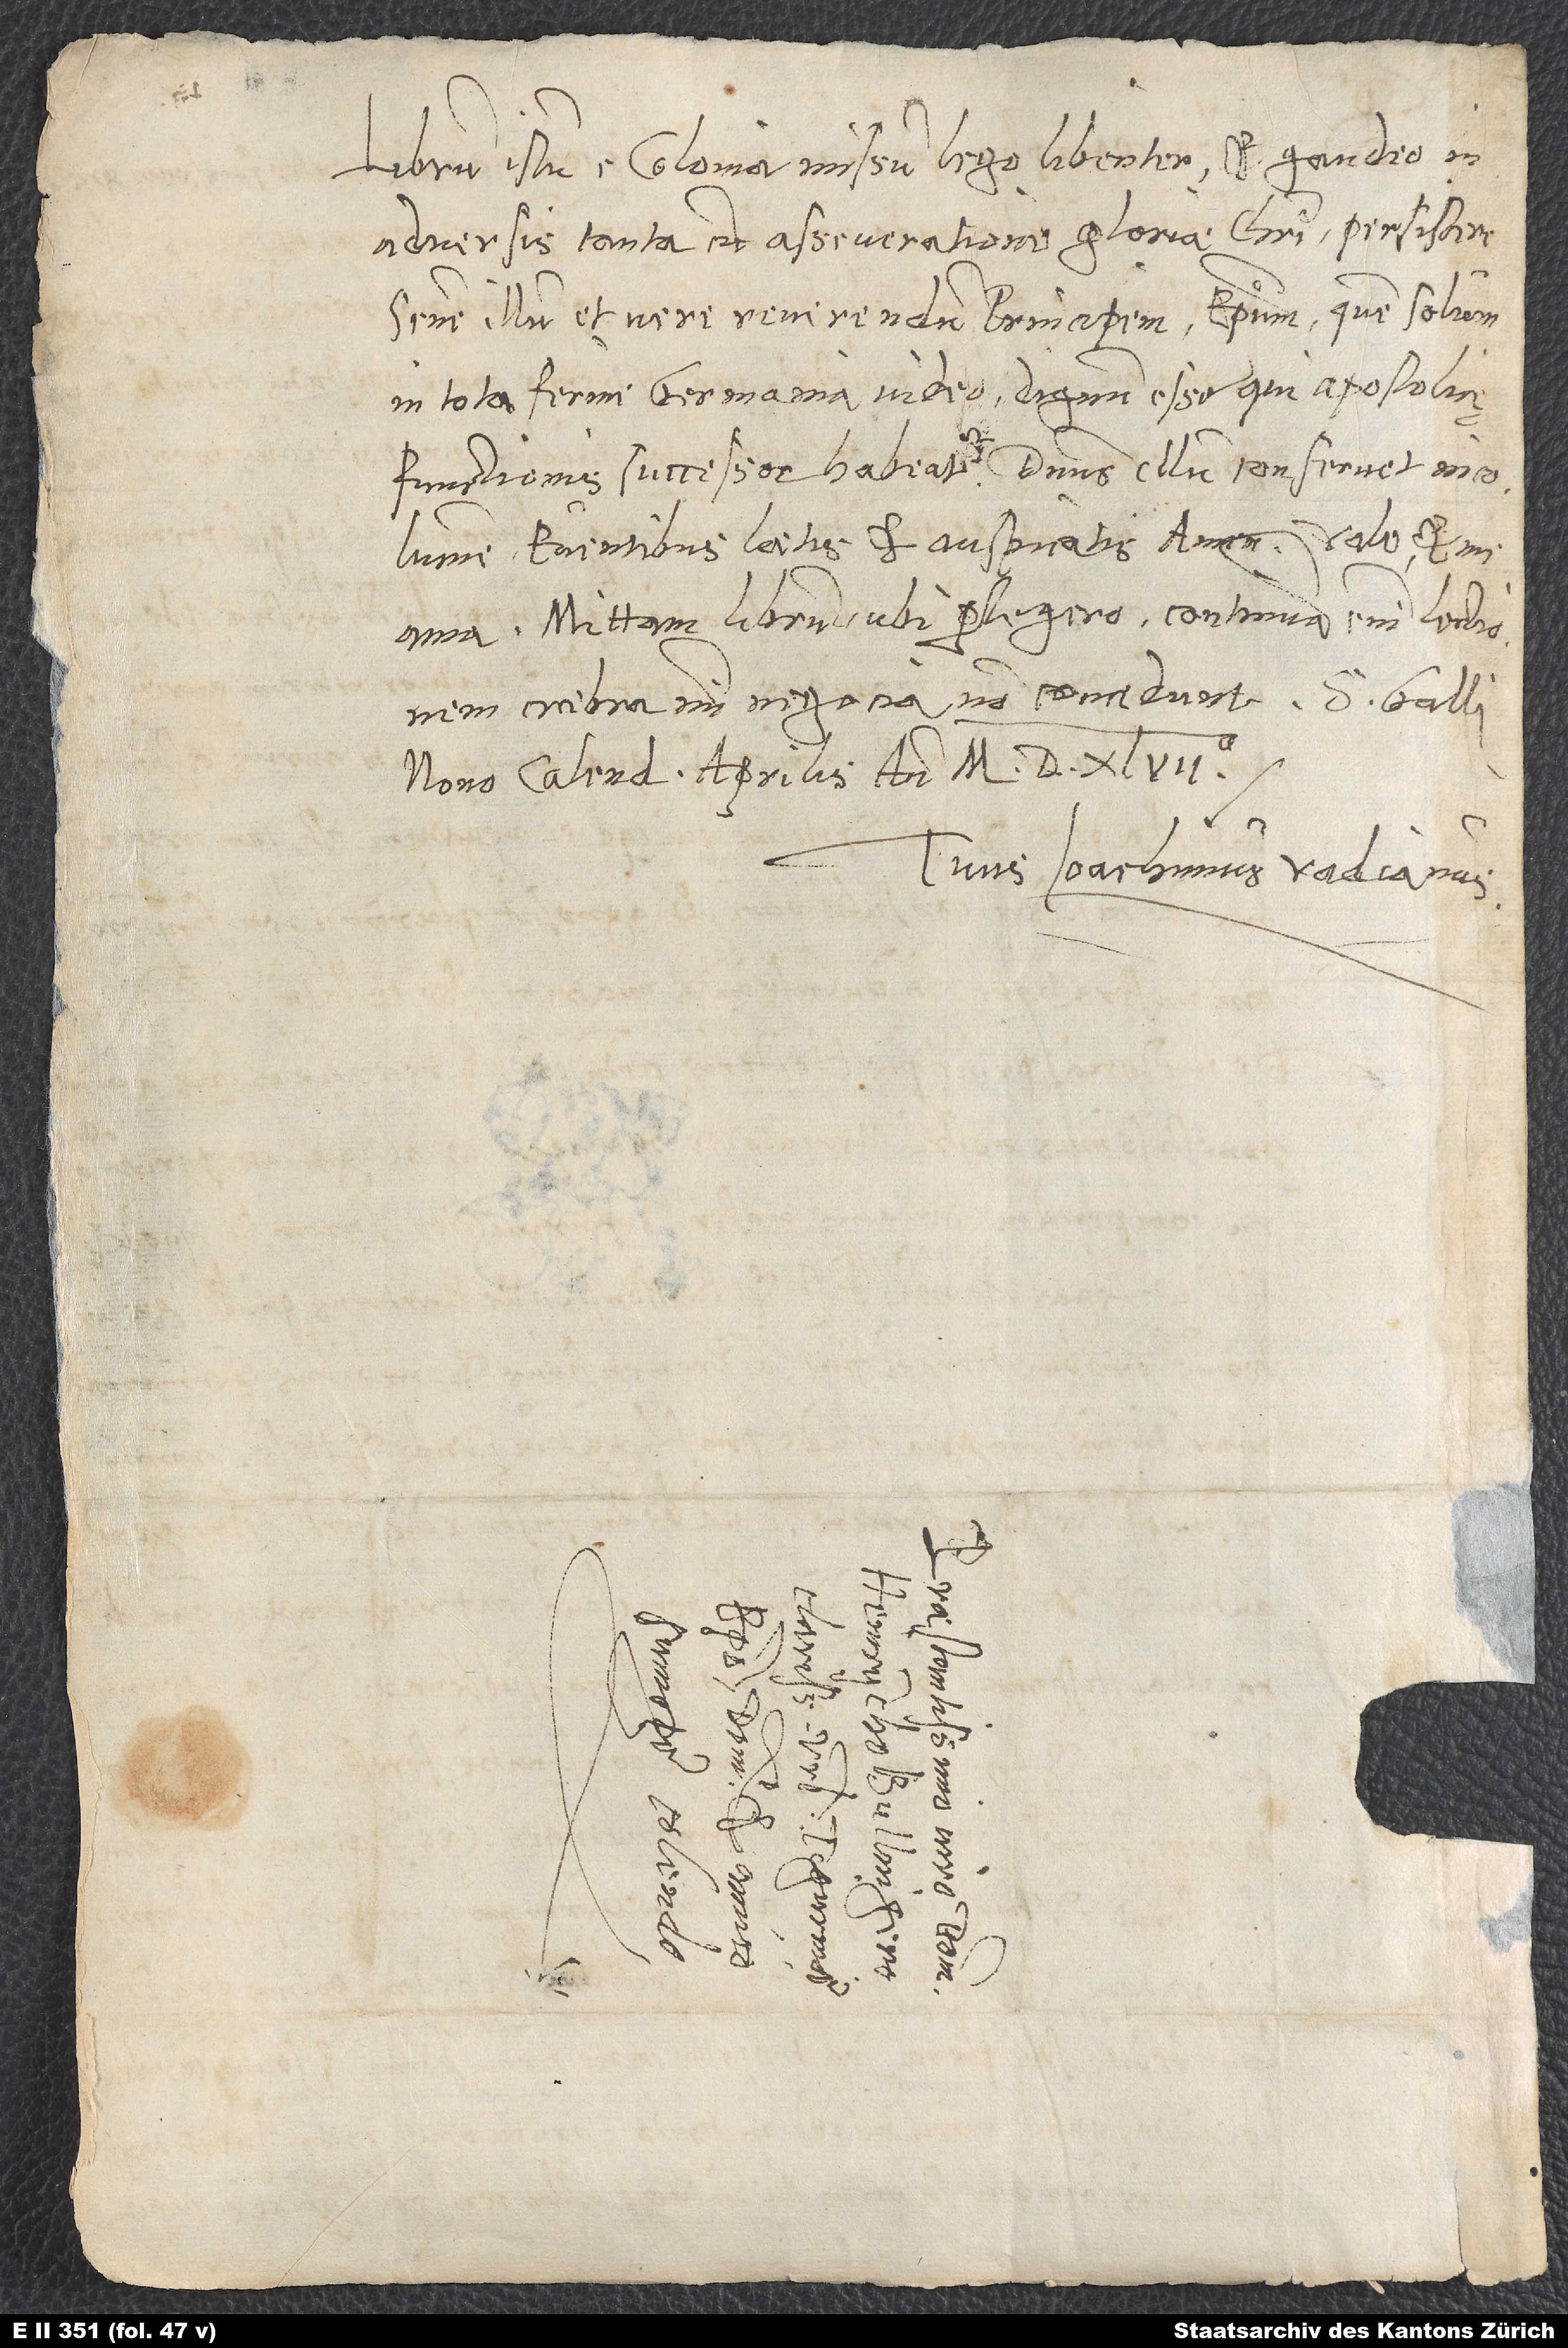
Librum istum e Colonia missum lego libenter et gaudeo, in
adversis tanta cum asseveratione gloriae Christi persistere
senem illum et vere reverendum principem episcopum, quem solum
in tota ferme Germania video dignum esse, qui apostolicę
functionis successor habeatur. Dominus illum conservet incolumem
eventibus laetis et auspicatis. Amen.
ama. Mittam librum, ubi perlegero; continuam enim lectionem
crebra mihi negocia non concedunt. S. Galli,
nono calendas aprilis anno 1547.
Tuus Ioachimus Vadianus.
S.